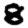
Digit: 8